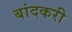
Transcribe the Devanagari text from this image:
बांदकरी